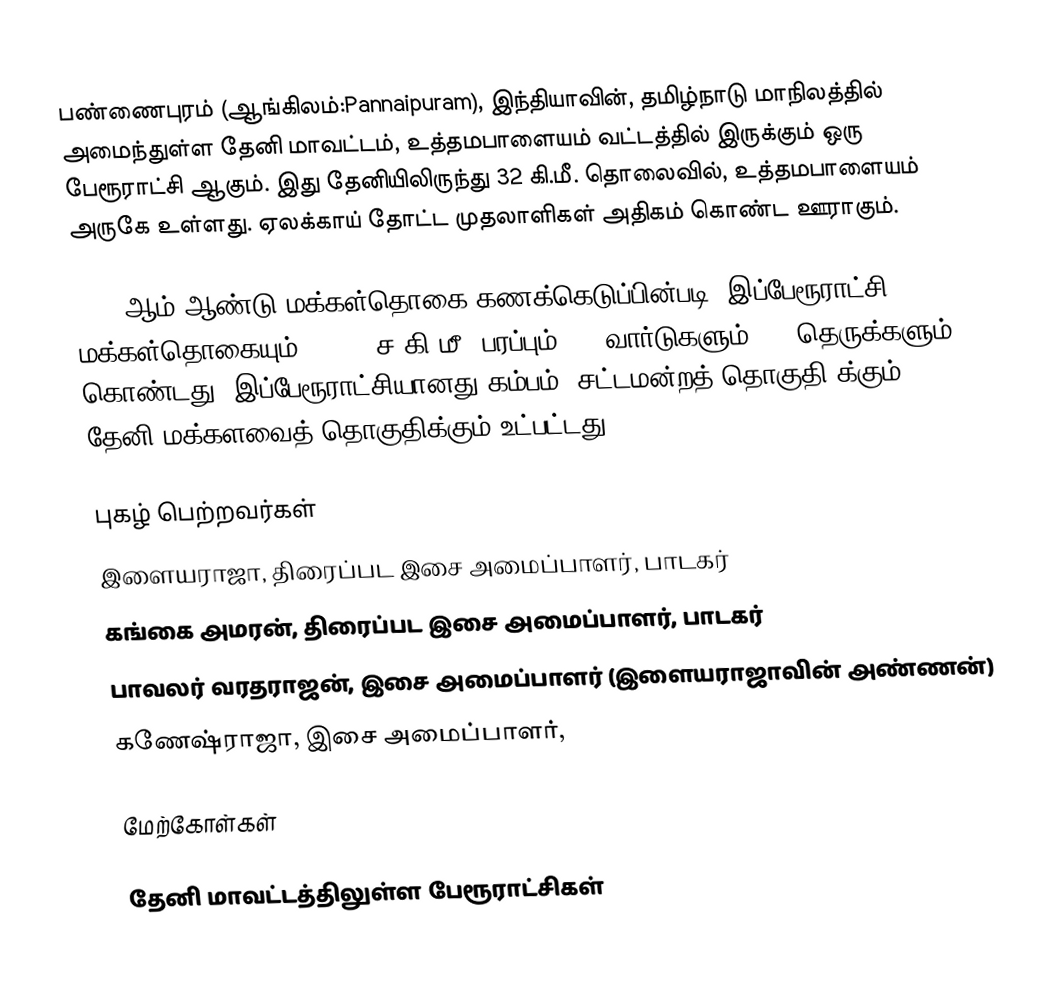
பண்ணைபுரம் (ஆங்கிலம்:Pannaipuram), இந்தியாவின், தமிழ்நாடு மாநிலத்தில் அமைந்துள்ள தேனி மாவட்டம், உத்தமபாளையம் வட்டத்தில் இருக்கும் ஒரு பேரூராட்சி ஆகும். இது தேனியிலிருந்து 32 கி.மீ. தொலைவில், உத்தமபாளையம் அருகே உள்ளது. ஏலக்காய் தோட்ட முதலாளிகள் அதிகம் கொண்ட ஊராகும்.

2011-ஆம் ஆண்டு மக்கள்தொகை கணக்கெடுப்பின்படி, இப்பேரூராட்சி 9,323 மக்கள்தொகையும்,  15.36 ச.கி.மீ. பரப்பும், 15 வார்டுகளும், 57 தெருக்களும் கொண்டது. இப்பேரூராட்சியானது கம்பம் (சட்டமன்றத் தொகுதி)க்கும், தேனி மக்களவைத் தொகுதிக்கும் உட்பட்டது.

புகழ் பெற்றவர்கள்
 இளையராஜா, திரைப்பட இசை அமைப்பாளர், பாடகர்
 கங்கை அமரன், திரைப்பட இசை அமைப்பாளர், பாடகர்
 பாவலர் வரதராஜன், இசை அமைப்பாளர்  (இளையராஜாவின் அண்ணன்)
 கணேஷ்ராஜா, இசை அமைப்பாளர்,

மேற்கோள்கள்

தேனி மாவட்டத்திலுள்ள பேரூராட்சிகள்